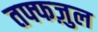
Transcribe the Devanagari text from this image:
तफ्फज़ुल